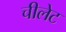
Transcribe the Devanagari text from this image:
चीलेट